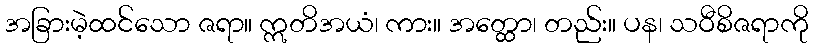
အခြားမဲ့ထင်သော ဇရာ။ ဣတိအယံ၊ ကား။ အတ္ထော၊ တည်း။ ပန၊ သဝီစိဇရာကို